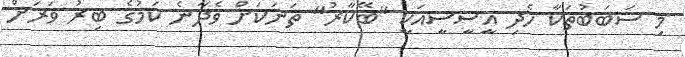
މި ސަބަބުތަކާ ހެދި އީސީސީއަކީ "ބޭކާރު" ތަނަކަށް ވެދާނެ ކަމުގެ ބިރު ވަރަށް